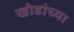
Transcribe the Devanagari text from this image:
खोडांच्या